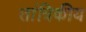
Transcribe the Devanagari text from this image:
तांत्रिकीय